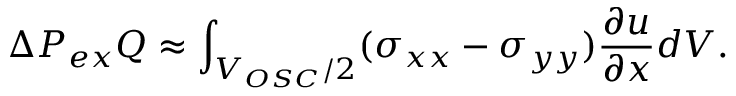
\Delta P _ { e x } Q \approx \int _ { V _ { O S C } / 2 } ( \sigma _ { x x } - \sigma _ { y y } ) \frac { \partial u } { \partial x } d V .